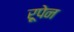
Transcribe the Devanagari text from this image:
रूपेन